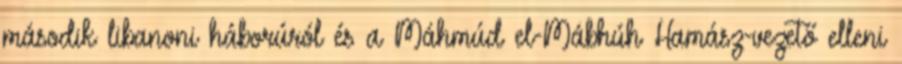
második libanoni háborúról és a Máhmúd el-Mábhúh Hamász-vezető elleni